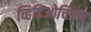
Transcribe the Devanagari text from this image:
व्हिडिओचित्रण